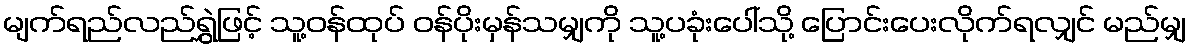
မျက်ရည်လည်ရွှဲဖြင့် သူ့ဝန်ထုပ် ဝန်ပိုးမှန်သမျှကို သူ့ပခုံးပေါ်သို့ ပြောင်းပေးလိုက်ရလျှင် မည်မျှ